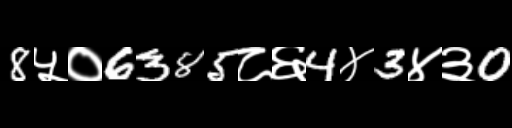
Text: 8५०6385८६4४3४३0